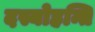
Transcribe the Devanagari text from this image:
दस्योहन्ति